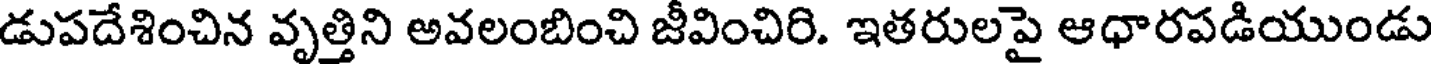
డుపదేశించిన వృత్తిని అవలంబించి జీవించిరి. ఇతరులపై ఆధారపడియుండు